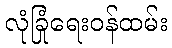
လုံခြုံရေးဝန်ထမ်း